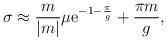
LaTeX: \begin{align*}\sigma \approx {m \over |m|} \mu {\rm e}^{-1-{\pi \over g}}+{\pi m \over g},\end{align*}